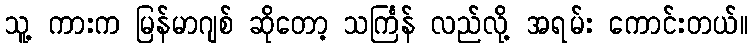
သူ့ ကားက မြန်မာဂျစ် ဆိုတော့ သင်္ကြန် လည်လို့ အရမ်း ကောင်းတယ်။